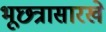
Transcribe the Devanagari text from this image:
भूछत्रासारखे